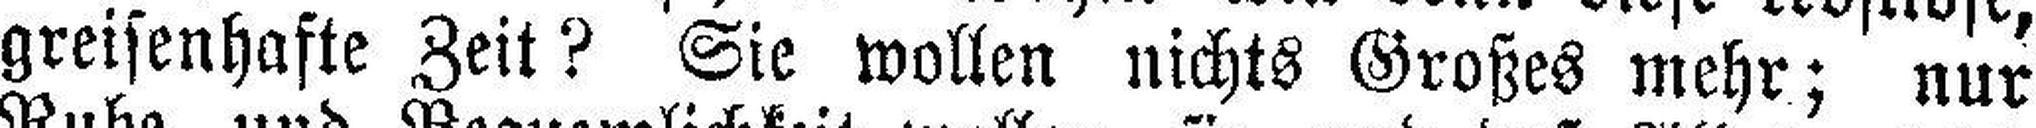
greisenhafte Zeit? Sie wollen nichts Großes mehr; nur